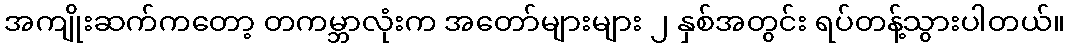
အကျိုးဆက်ကတော့ တကမ္ဘာလုံးက အတော်များများ ၂ နှစ်အတွင်း ရပ်တန့်သွားပါတယ်။